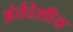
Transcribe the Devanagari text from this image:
अंर्तदेशीय